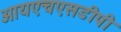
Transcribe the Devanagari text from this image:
आयएचएसडीपी